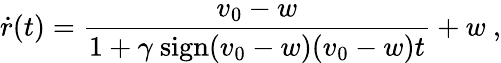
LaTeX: \dot{r}(t)=\frac{v_{0}-w}{1+\gamma\ \mathrm{sign}(v_{0}-w)(v_{0}-w)t}+w\ ,